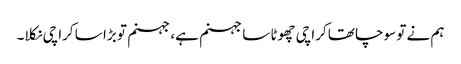
ہم نے تو سوچا تھا کراچی چھوٹا سا جہنم ہے، جہنم تو بڑا سا کراچی نکلا۔